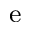
\mathrm { ^ e }